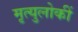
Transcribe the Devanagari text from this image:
मृत्युलोकीं